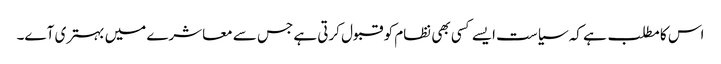
اس کا مطلب ہے کہ سیاست ایسے کسی بھی نظام کو قبول کرتی ہے جس سے معاشرے میں بہتری آے۔